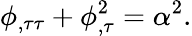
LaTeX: \phi_{,\tau\tau}+\phi_{,\tau}^{2}=\alpha^{2}.